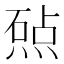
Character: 𬊲